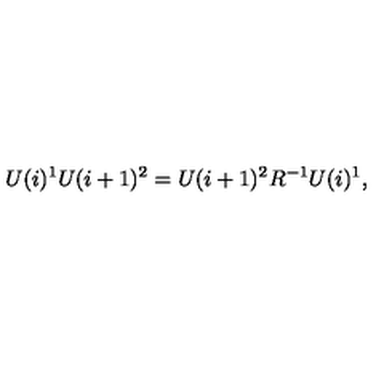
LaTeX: U ( i ) ^ { 1 } U ( i + 1 ) ^ { 2 } = U ( i + 1 ) ^ { 2 } R ^ { - 1 } U ( i ) ^ { 1 } ,